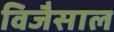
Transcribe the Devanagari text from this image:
विजैसाल